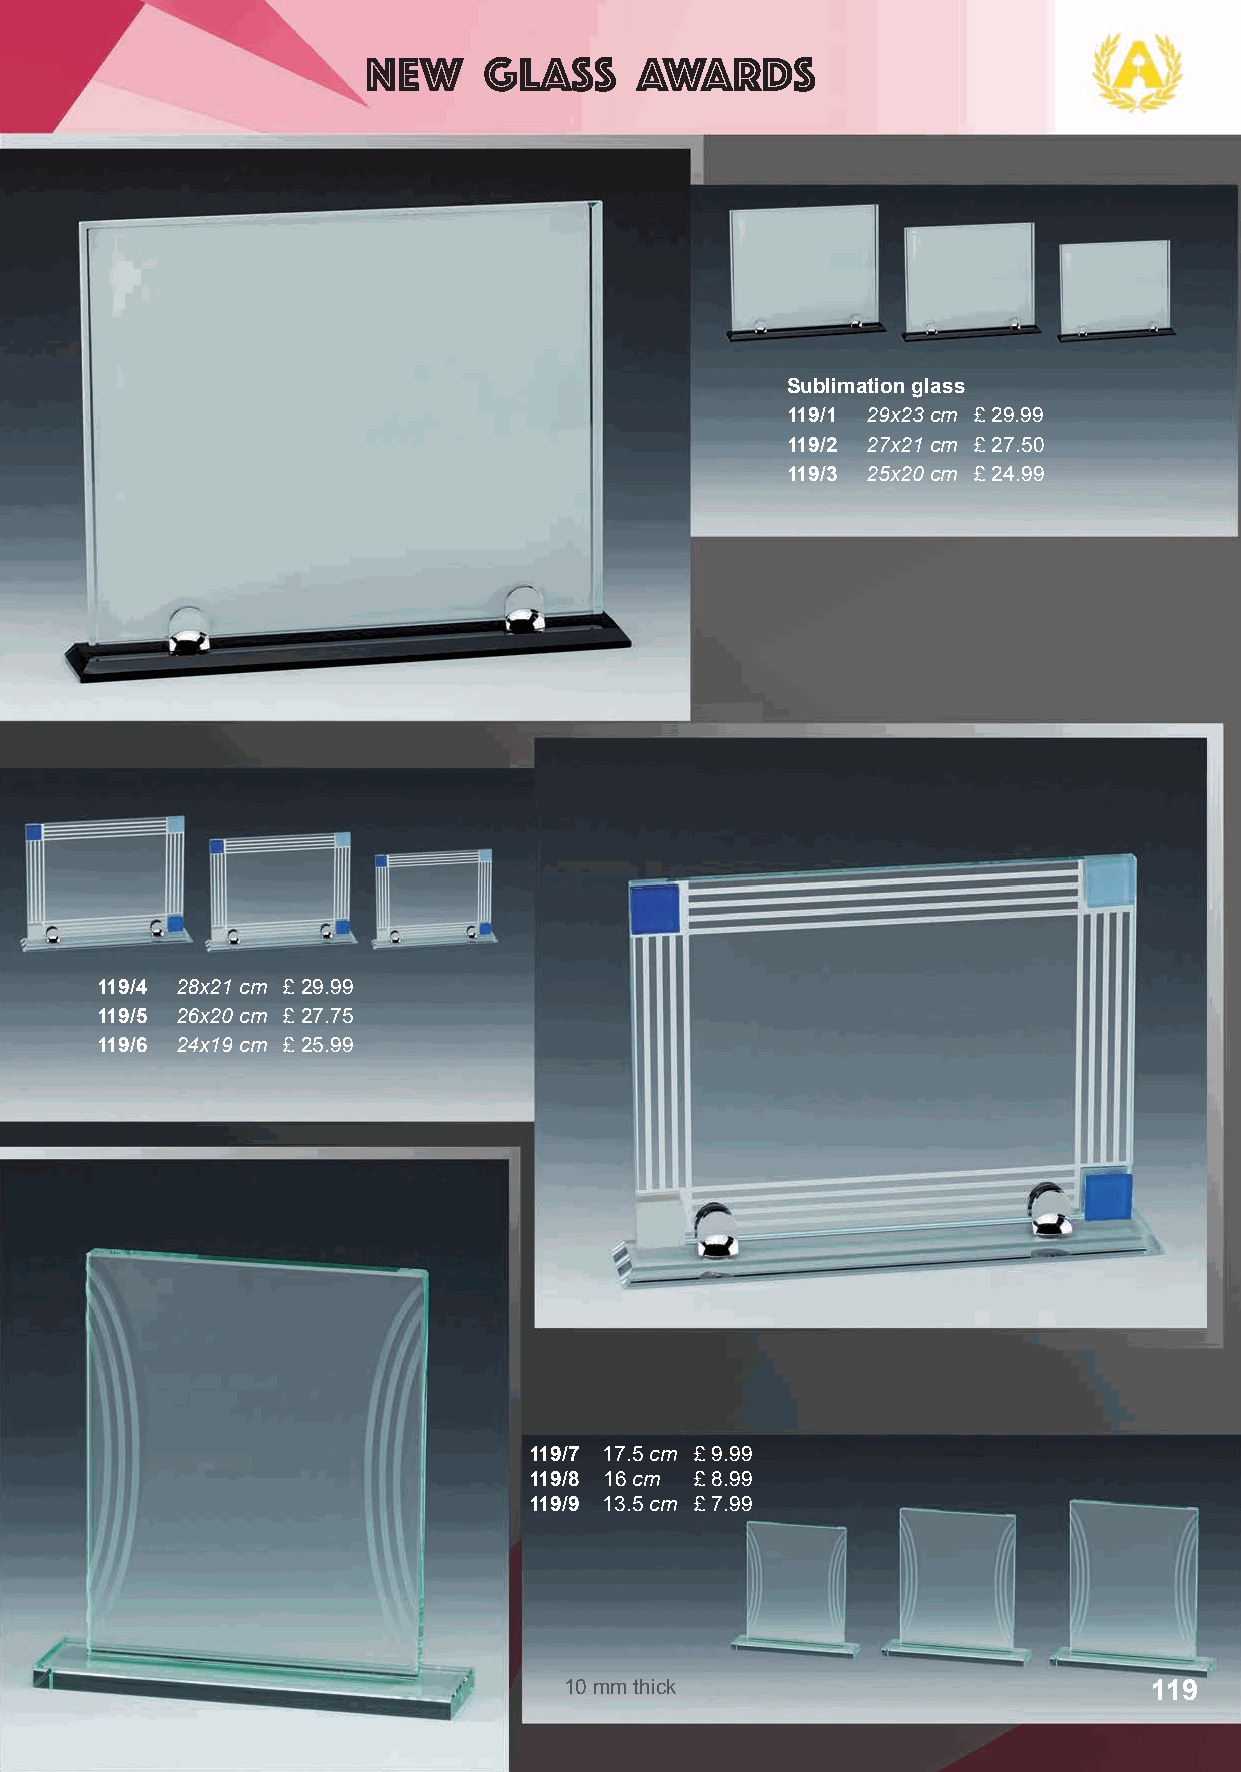
NEW     glass     Awards
 Sublimation glass
 119/1 29x23 cm £ 29.99
 119/2 27x21 cm £ 27.50
 119/3 25x20 cm £ 24.99
 119/4 28x21 cm £ 29.99
 119/5 26x20 cm £ 27.75
 119/6 24x19 cm £ 25.99
 119/7 17.5 cm £ 9.99
 119/8 16 cm £ 8.99
 119/9 13.5 cm £ 7.99
 10 mm thick                            119